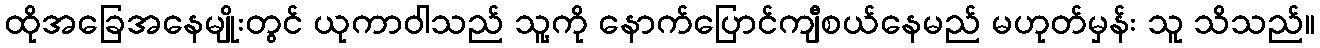
ထိုအခြေအနေမျိုးတွင် ယုကာဝါသည် သူ့ကို နောက်ပြောင်ကျီစယ်နေမည် မဟုတ်မှန်း သူ သိသည်။